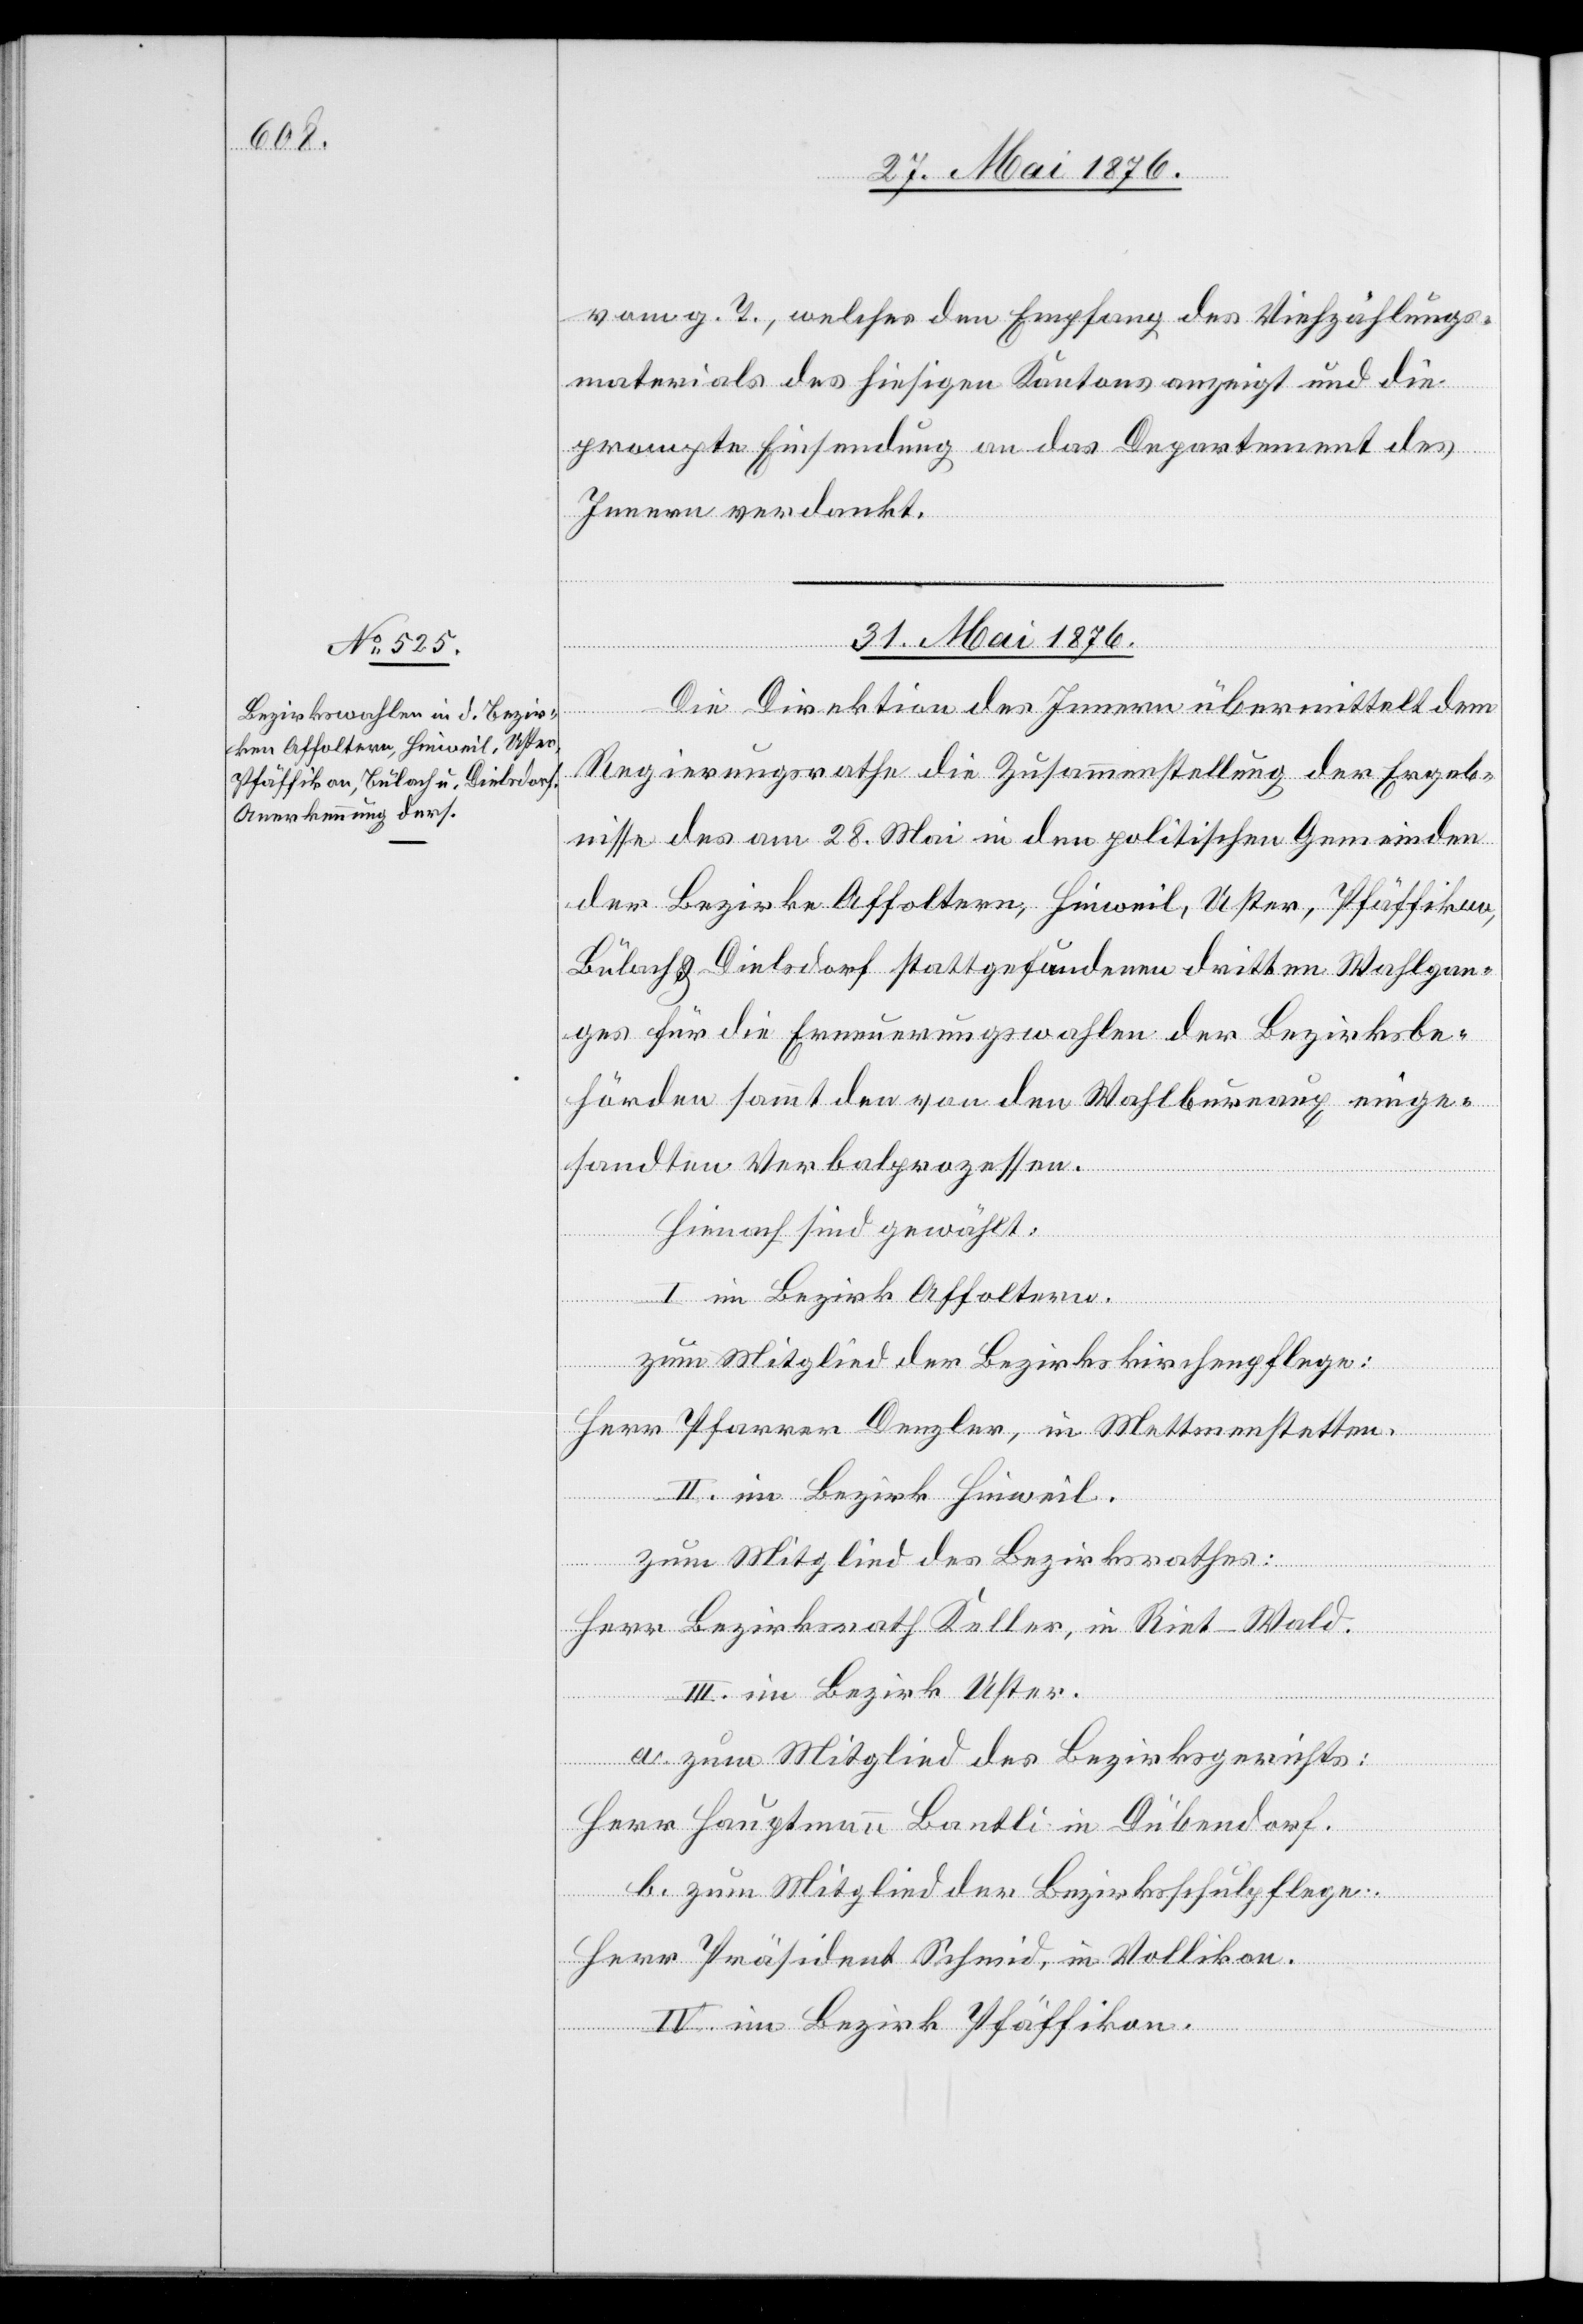
vom g. T., welches den Empfang des Viehzählungs¬
materials des hiesigen Kantons anzeigt und die
prompte Einsendung an das Departement des
Innern verdankt.
31. Mai 1876.
Die Direktion des Innern übermittelt dem
Regierungsrath die Zusammenstellung der Ergeb¬
nisse des am 28. Mai in den politischen Gemeinden
der Bezirke Affoltern, Hinweil, Uster, Pfäffikon,
Bülach & Dielsdorf stattgefundenen dritten Wahlgan¬
ges für die Erneuerungswahlen der Bezirksbe¬
hörden sammt den von den Wahlbureaux einge¬
sandten Verbalprozessen.
Hienach wird gewählt:
I. im Bezirk Affoltern.
Herr Pfarrer Denzler, in Mettmenstetten.
II. im Bezirk Hinweil.
zum Mitglied des Bezirksrathes:
Herr Bezirksrath Keller, in Riet - Wald.
III. Im Bezirk Uster.
a. zum Mitglied des Bezirksgerichts:
Herr Hauptmann Bantli in Dübendorf.
b. zum Mitglied der Bezirksschulpflege:
Herr Präsident Schmid, in Vollikon.
IV. im Bezirk Pfäffikon.